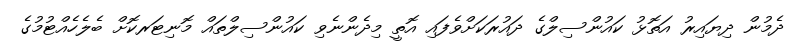
ދެމުން ދިޔައިރު އަތޮޅު ކައުންސިލްގެ ދައުރަކަށްވެފައި އޮތީ މިދެންނެވި ކައުންސިލްތައް މޮނިޓަރކޮށް ބެލެހެއްޓުމުގެ